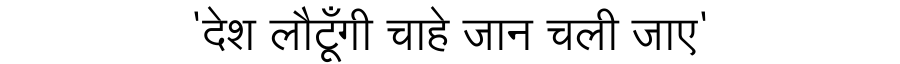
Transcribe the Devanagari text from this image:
'देश लौटूँगी चाहे जान चली जाए'